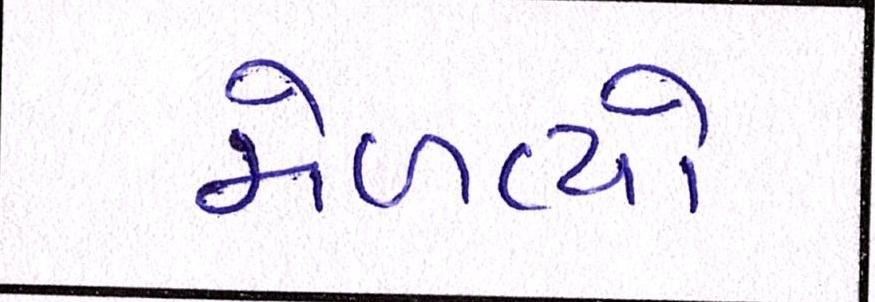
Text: મેળવ્યો